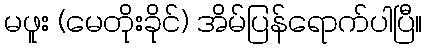
မဖူး (မေတိုးခိုင်) အိမ်ပြန်ရောက်ပါပြီ။